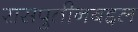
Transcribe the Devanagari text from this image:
रासपुतीनबद्दल